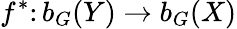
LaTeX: f^{*}\colon b_{G}(Y)\to b_{G}(X)